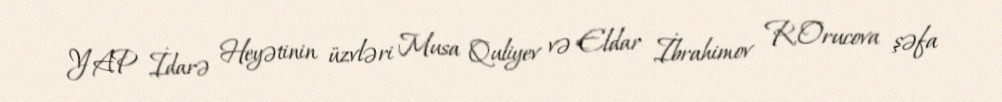
YAP İdarə Heyətinin üzvləri Musa Quliyev və Eldar İbrahimov R.Orucova şəfa